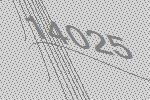
14025